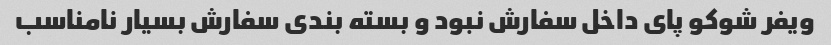
ویفر شوکو پای داخل سفارش نبود و بسته بندی سفارش بسیار نامناسب